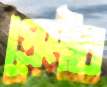
প্রেমীর